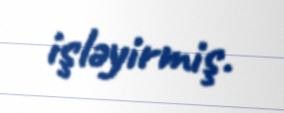
işləyirmiş.